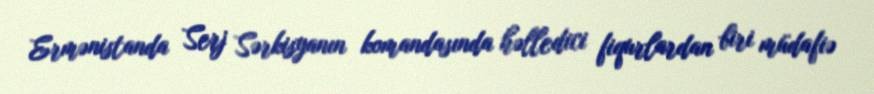
Ermənistanda Serj Sərkisyanın komandasında həlledici fiqurlardan biri müdafiə